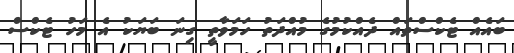
ބައެއް ޓެކްސްތައް ދެއްކުމުގެ މުއްދަތު ހަމަވާތީ ގިނަ ބަޔަކު އެ މަހު ޓެކްސް